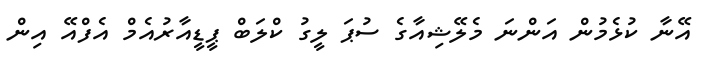
އޭނާ ކުޅެމުން އަންނަ މެލޭޝިއާގެ ސުޕަ ލީގު ކްލަބް ޕީޑީއާރުއެމް އެފްއޭ އިން